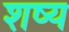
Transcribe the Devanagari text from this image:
शष्य